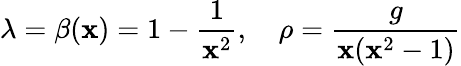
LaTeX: \lambda=\beta(\mathbf{x})=1-{\frac{{1}}{{\mathbf{x}^{2}}}},\quad\rho={\frac{{g}}{{\mathbf{x}(\mathbf{x}^{2}-1)}}}